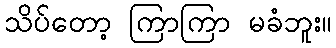
သိပ်တော့ ကြာကြာ မခံဘူး။